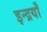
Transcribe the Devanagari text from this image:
इन्द्रयाँ